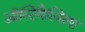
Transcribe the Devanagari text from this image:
ऑस्टिमैल्सिया